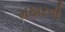
મઠારવી